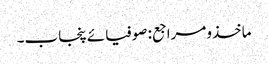
ماخذومراجع: صوفیائے پنجاب۔